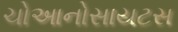
ચોઆનોસાયટસ